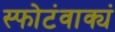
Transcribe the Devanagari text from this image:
स्फोटंवाक्यं